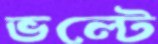
ভল্টে